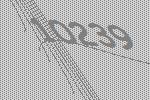
10239